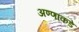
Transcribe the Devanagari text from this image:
अण्णांकडे